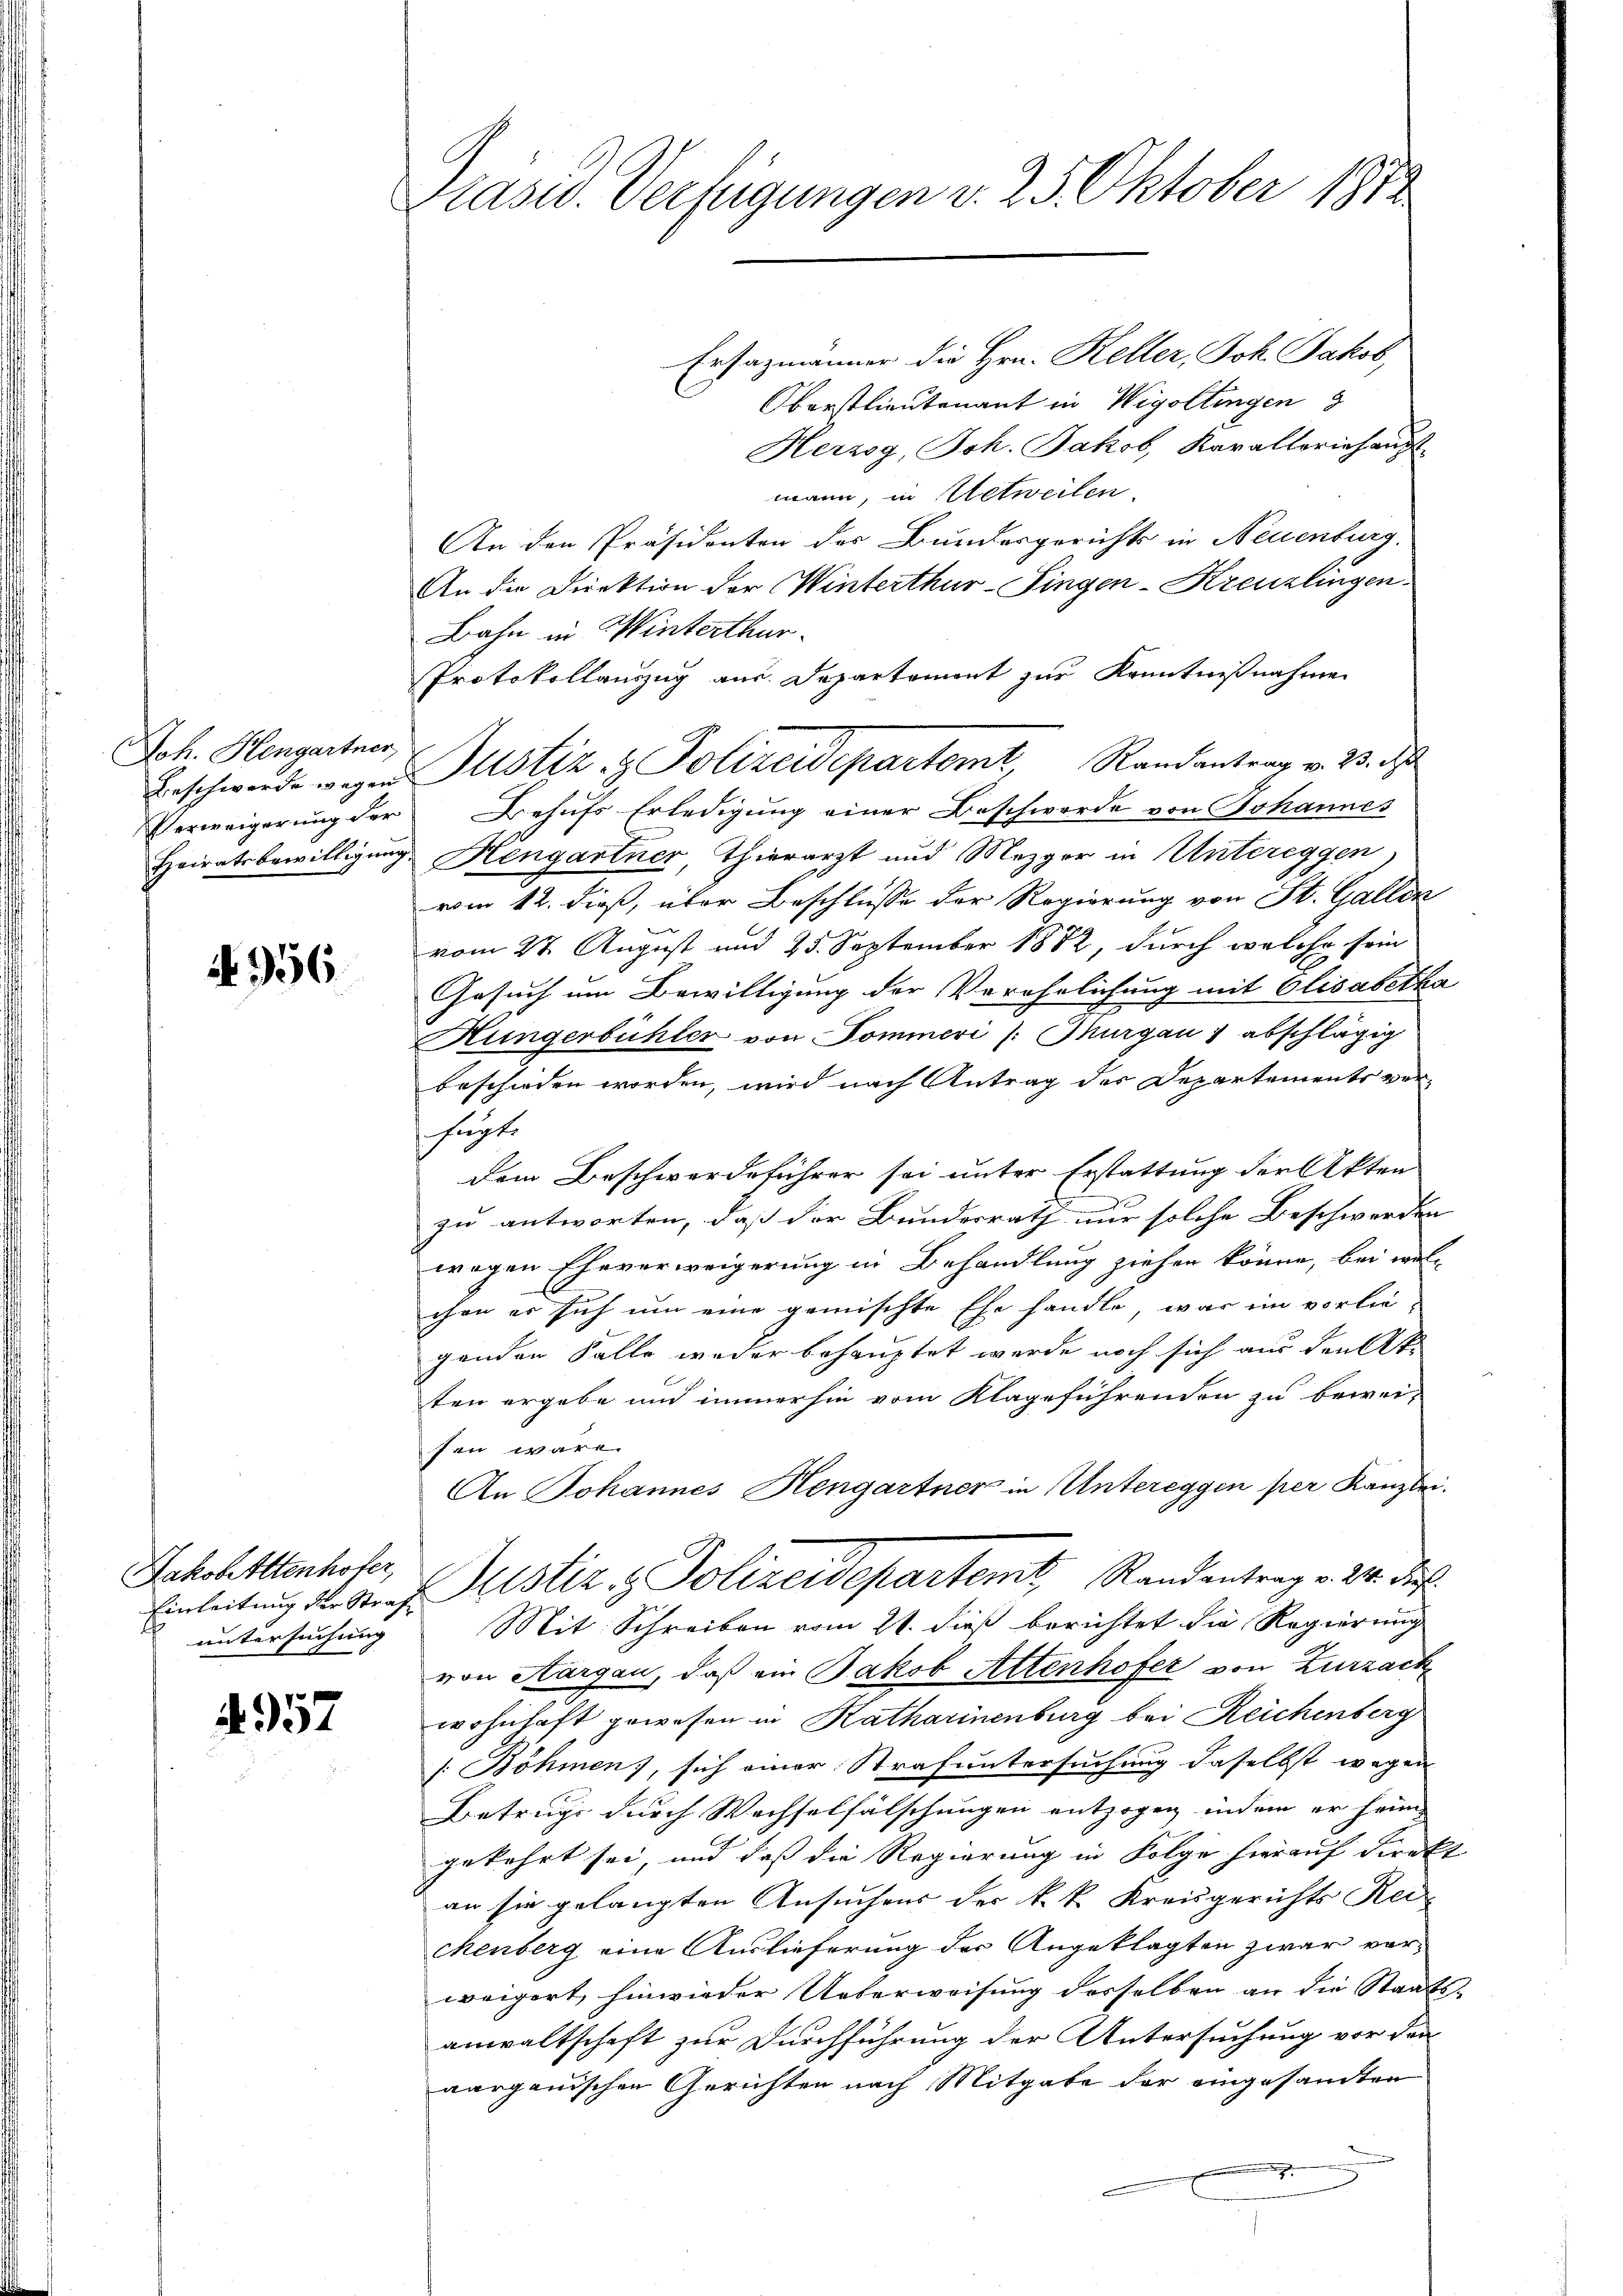
Joh. Hengartner,

N 956

Jakobittenhofer,
Einleitung der Strafe
untersuchung

957

Präses Verfügungen v. 25. Oktober 1872

Ersazmänner die Hrn. Keller, Joh. Jakob,
Oberstlieutenant in Wigoltingen
Herzog, Joh. Jakob, Karalleriehaupt
mann, in Uetweilen.
An den Präsidenten der Bundesgerichts in Neuenburg.
An die Direktion der Winterthur-Fingen-Kreuzlingen.
Bahn in Winterthur.
Protokollauszug aus Departement zur Kenntnißnahme
Eserweigerung der Behufs Erledigung einer Beschwerde von Johannes
Heiratsbewilligung Hengartner, Thierarzt und Mezger in Untereggen
vom 12. dieß, über Beschlusse der Regierung von St. Gallen
vom 27. August und 25. September 1882, durch welche sein
Gesuch um Bewilligung der Verehelichung mit Elisabetha
Hungerbühler von Dommeri (: Thurgau 1 abschlägig
beschieden worden, wird nach Antrag der Departements ver-
fugte
dem Beschwerdeführer sei unter Erstattung der Akten
zu antworten, daß der Bundesrath nur solche Beschwerden
wegen Eheverweigerung in Behandlung ziehen könne, bei wol-
chen es sich um eine gemischte Ehe handle, war im vorlie-
genden Falle weder behauptet werde noch sich aus denkt.
ten ergebe und immerhin vom Klageführenden zu bewei-
sen wäre.
An Johannes Hengartner in Untereggen per Kanzlei.
Justiz & Polizeidepartemt, Randentrag v. 24. die
Mit Schreiben vom 21. dieß berichtet die Regierung
von Aargau, daß ein Jakob Attenhofer von Zurzack
wohnhaft gewesen in Katharinenburg bei Reichenberg
[ Böhmen), sich einer Strafuntersuchung daselbst wegen
Betruge durch Wechselfälschungen entzogen, indem er heim
gekehrt sei, und dass die Regierung in Folge hierauf Direkt
an sie gelangten Ansuchens der k. k. Kreisgerichts Rei
chenberg eine Auslieferung der Angeklagten zwar verweigert, hinwieder Ueberweisung desselben an die Staatsanwaltschaft zur Durchführung der Untersuchung vor den
aargauischen Gerichten nach Mitgabe der eingesandten

Beschwerde wegen Justiz & Polizeidepartemt, Randantrag v. 23. des